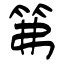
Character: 笰